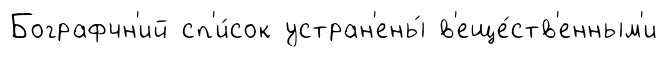
Бографчн'ий сп'и́сок устран'ены́ в'еще́ств'енным'и